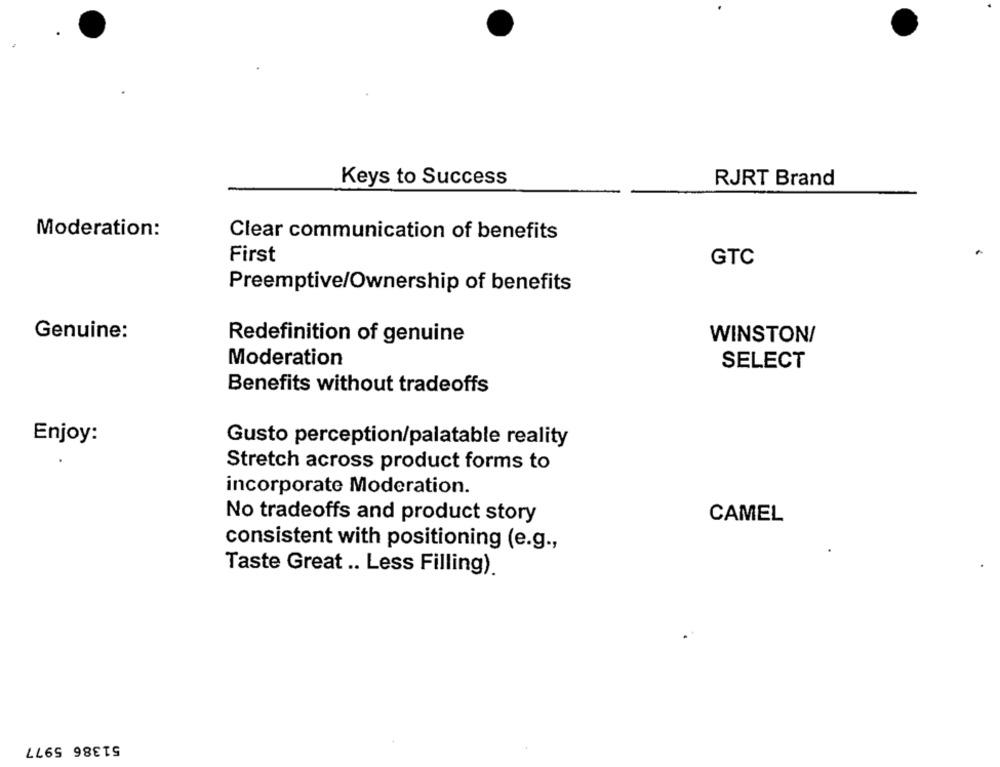
Keys to Success
RJRT Brand
Moderation:
Clear communication of benefits
First
GTC
Preemptive/Ownership of benefits
Genuine:
Redefinition of genuine
WINSTON/
Moderation
SELECT
Benefits without tradeoffs
Enjoy:
Gusto perception/palatable reality
Stretch across product forms to
incorporate Moderation.
No tradeoffs and product story
CAMEL
consistent with positioning (e.g .,
Taste Great .. Less Filling).
51386 5977